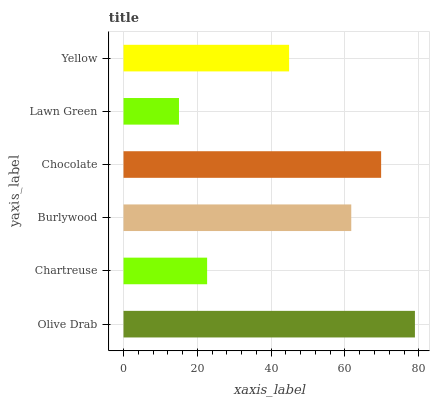
| yaxis_label | bars |
 | --- | --- |
 | Olive Drab | 79 |
 | Chartreuse | 22.7 |
 | Burlywood | 61.7 |
 | Chocolate | 69.8 |
 | Lawn Green | 15 |
 | Yellow | 44.9 |